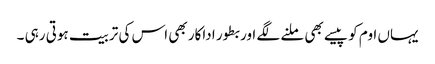
یہاں اوم کو پیسے بھی ملنے لگے اور بطور اداکار بھی اس کی تربیت ہوتی رہی ۔